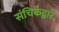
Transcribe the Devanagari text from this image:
संचिकेद्वारे